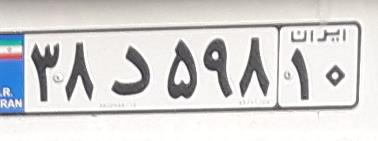
۳۸د۵۹۸۱۰